Indian journal of veterinary science and animal husbandry - Volumes 18-21, 1948-1951
Year: 1948
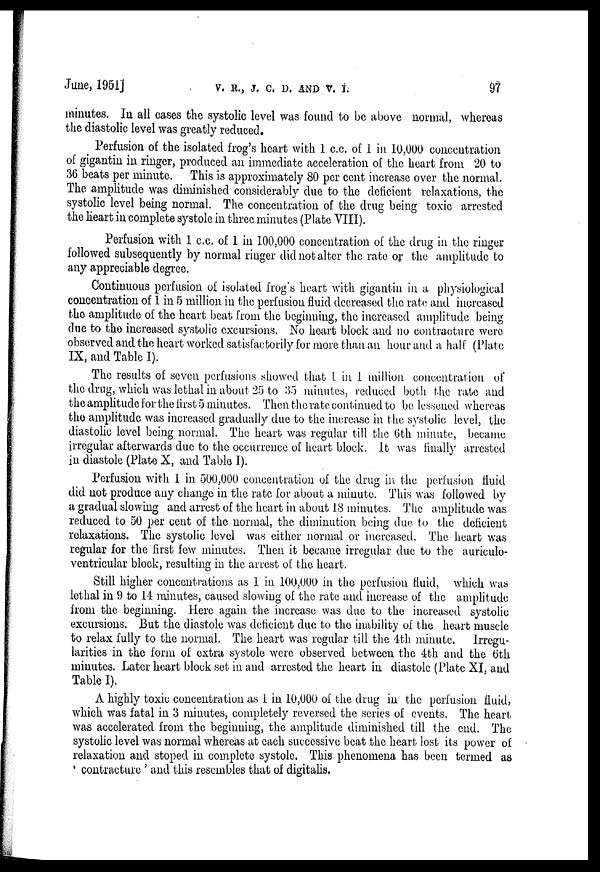
June, 1951]
V.
B.,
J.
C.
D.
AND
V.
I.
97
minutes. In all cases the systolic level was found to be above normal, whereas
the diastolic level was greatly reduced.
Perfusion of the isolated frog's heart with 1 c.c. of 1 in 10,000 concentration
of gigantin in ringer, produced an immediate acceleration of the heart from 20 to
36 beats per minute. This is approximately 80 per cent increase over the normal.
The amplitude was diminished considerably due to the deficient relaxations, the
systolic level being normal. The concentration of the drug being toxic arrested
the heart in complete systole in three minutes (Plate VIII).
Perfusion with 1 c.c. of 1 in 100,000 concentration of the drug in the ringer
followed subsequently by normal ringer did not alter the rate or the amplitude to
any appreciable degree.
Continuous perfusion of isolated frog's heart with gigantin in a physiological
concentration of 1 in 5 million in the perfusion fluid decreased the rate and increased
the amplitude of the heart beat from the beginning, the increased amplitude being
due to the increased systolic excursions. No heart block and no contracture were
observed and the heart worked satisfactorily for more than an hour and a half (Plate
IX, and Table I).
The results of seven perfusions showed that 1 in 1 million concentration of
the drug, which was lethal in about 25 to 35 minutes, reduced both the rate and
the amplitude for the first 5 minutes. Then the rate continued to be lessened whereas
the amplitude was increased gradually due to the increase in the systolic level, the
diastolic level being normal. The heart was regular till the 6th minute, became
irregular afterwards due to the occurrence of heart block. It was finally arrested
in diastole (Plate X, and Table I).
Perfusion with 1 in 500,000 concentration of the drug in the perfusion fluid
did not produce any change in the rate for about a minute. This was followed by
a gradual slowing and arrest of the heart in about 18 minutes. The amplitude was
reduced to 50 per cent of the normal, the diminution being due to the deficient
relaxations. The systolic level was either normal or increased. The heart was
regular for the first few minutes. Then it became irregular due to the auriculo-
ventricular block, resulting in the arrest of the heart.
Still higher concentrations as 1 in 100,000 in the perfusion fluid, which was
lethal in 9 to 14 minutes, caused slowing of the rate and increase of the amplitude
from the beginning. Here again the increase was due to the increased systolic
excursions. But the diastole was deficient due to the inability of the heart muscle
to relax fully to the normal. The heart was regular till the 4th minute. Irregu-
larities in the form of extra systole were observed between the 4th and the 6th
minutes. Later heart block set in and arrested the heart in diastole (Plate XI, and
Table I).
A highly toxic concentration as 1 in 10,000 of the drug in the perfusion fluid,
which was fatal in 3 minutes, completely reversed the series of events. The heart
was accelerated from the beginning, the amplitude diminished till the end. The
systolic level was normal whereas at each successive beat the heart lost its power of
relaxation and stoped in complete systole. This phenomena has been termed as
' contracture ' and this resembles that of digitalis.